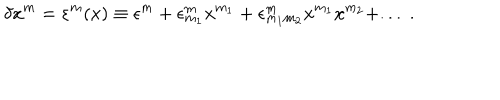
LaTeX: \delta x ^ { m } = \varepsilon ^ { m } ( x ) \equiv \epsilon ^ { m } + \epsilon _ { m _ { 1 } } ^ { m } x ^ { m _ { 1 } } + \epsilon _ { m _ { 1 } m _ { 2 } } ^ { m } x ^ { m _ { 1 } } x ^ { m _ { 2 } } + . . . \; .